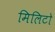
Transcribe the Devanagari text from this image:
मिलिटो